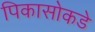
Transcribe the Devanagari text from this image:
पिकासोकडे